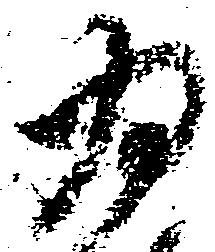
為